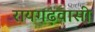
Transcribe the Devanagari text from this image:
रायगढ़वासी